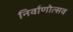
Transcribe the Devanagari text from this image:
निर्वाणोत्सव